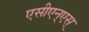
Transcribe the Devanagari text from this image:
एसीएन्एस्